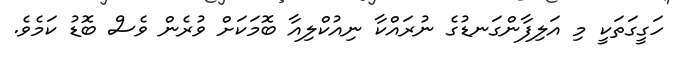
ހަގީގަތަކީ މި އަލިފާންގަނޑުގެ ނުރައްކާ ނިއުކްލިއާ ބޮމަކަށް ވުރެން ވެސް ބޮޑު ކަމެވެ.